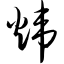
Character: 炜